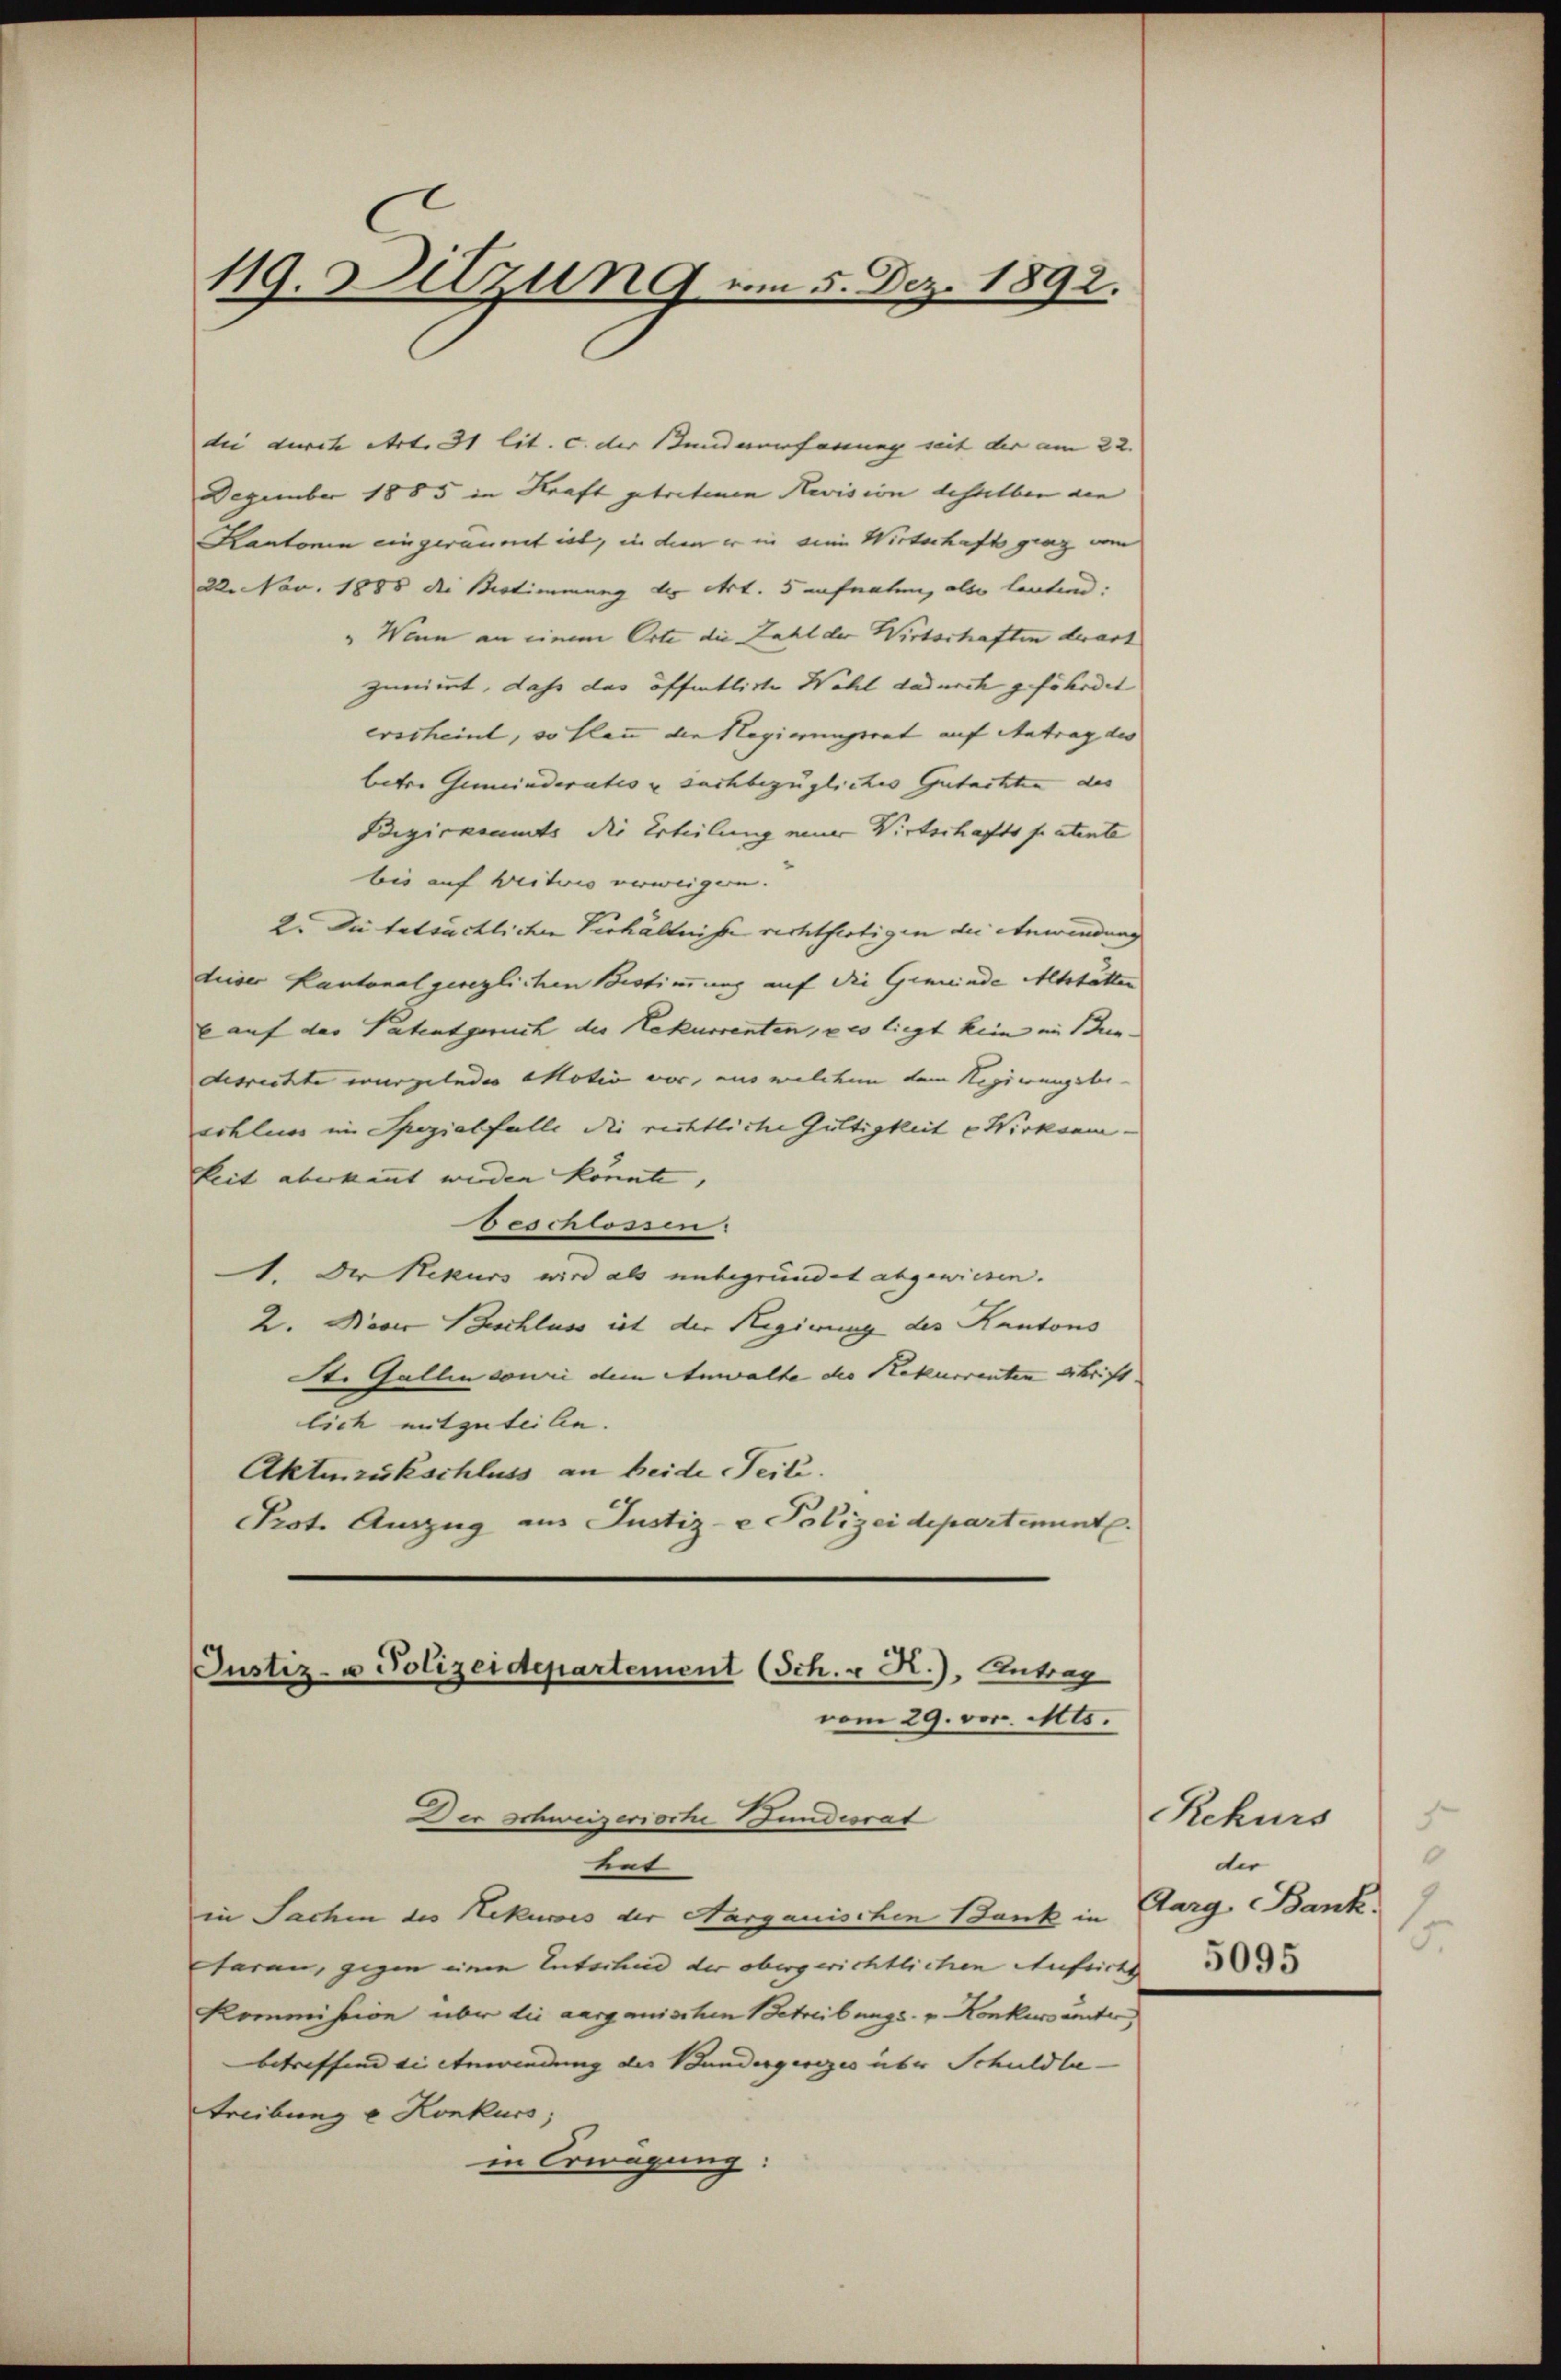
die durch Art. 31 lit. c. der Kundereferung mit der am 22.
Dezember 1885 in Kraft getretenen Revision desselben den
Kantonen eingeräumt ist, in dem er in eine Wirtschaft ging vom
22. Nov. 1888 die Bestimmung der Art. 5 aufnaten, also lautend:
" Wenn an einem Orte die Zahl der Wirtschaften derart
zunimmt, daß das öffentliche Wahl dadurch gefährdet
erscheint, so Plan die Regierungsrat auf Antrag des
beter Gemeinderates u Sachbezügliches Gutachter des
Bezirkommts die Erteilung einer Wirtschaftspatente
bis auf weitwis verweigern. |
2. Die tatsächlichen Verhältnisse rechtfertigen die Anwendung
dieser Kantonalgereglichen Bestimmung auf die Gemeinde Altstätten
 auf der Patentgerich der Rekurrenten, u es liegt kein im Jun-
desrechte wurgelndes Motiv vor, aus welchen dem Regierungsbe-
schluss im Spezialfalle die richtliche Gültigkeit – Wirksam.
keit aberkannt werden könnte,
beschlossen.
1. Der Rekurs wird als unbegründet abgewiesen.
2. Nover Beschluss ist der Regierung des Kantons
Der Gallen sowie dem Anwalte der Rekurrenten Schrift
lich mitzuteilen.
Aktenziskschluss an beide Teile.
Prot. Auszug aus Justiz- & Polizeidepartement.
Justiz- u Polizeidepartement (Sch. u R.). Antrag
vom 29. vor. Mts.
Der Schweizerische Bundesrat

119. Dilzung am 5. Dez. 1892.

tent
in Sachen des Rekuris der Nargauischen Bank in
taran, gegen einen Entschad der obergerichtlichen Aufsicht
kommission über die aarganischen Betreibungs- & Konkursanter
betreffend die Anwendung der Bundesgesezes über Schuldbe¬
Treibung u Konkurs;
in Erwägung:

.
Rekurs
0
dir
Aarg Bank.
.
5095